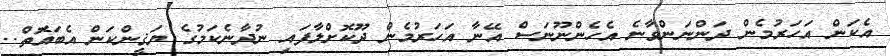
އެކަން އަހަރުމެން ދަންނަންވާނެ އެހެންނޫނަސް އޭނާ އަހަރުމެން ދޫކޮށްލާފައި ނުދާނެކަމުގެ ޔަޤީންކަން އެބައޮތް..